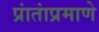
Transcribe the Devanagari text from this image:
प्रांतांप्रमाणे